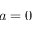
a = 0